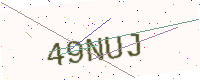
Text: 49NUJ